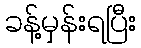
ခန့်မှန်းရပြီး